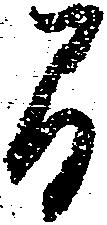
間